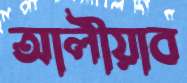
আলীয়াব